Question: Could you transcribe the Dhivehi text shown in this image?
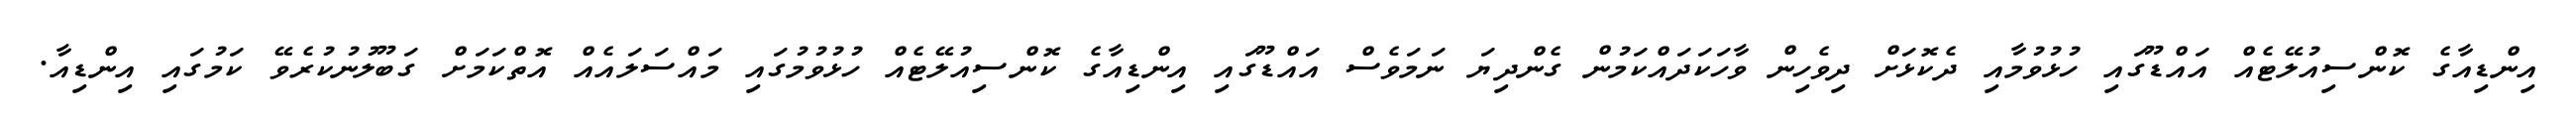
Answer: އިންޑިއާގެ ކޮންސިއުލޭޓެއް އައްޑޫގައި ހުޅުވުމާއި ދެކޮޅަށް ދިވެހިން ވާހަކަދައްކަމުން ގެންދިޔަ ނަމަވެސް އައްޑޫގައި އިންޑިއާގެ ކޮންސިއުލޭޓެއް ހުޅުވުމުގައި މައްސަލައެއް އޮތްކަމަށް ގަބޫލުނުކުރެވޭ ކަމުގައި އިންޑިއާ.